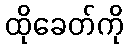
ထိုခေတ်ကို